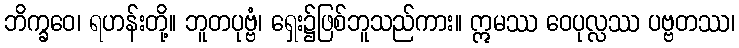
ဘိက္ခဝေ၊ ရဟန်းတို့။ ဘူတပုဗ္ဗံ၊ ရှေး၌ဖြစ်ဘူသည်ကား။ ဣမဿ ဝေပုလ္လဿ ပဗ္ဗတဿ၊